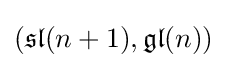
({\mathfrak {sl}}(n+1),{\mathfrak {gl}}(n))